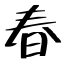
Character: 春